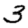
Digit: 3